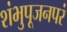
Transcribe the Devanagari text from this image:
शंभुपूजनपरं